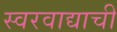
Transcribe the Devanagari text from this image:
स्वरवाद्याची